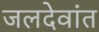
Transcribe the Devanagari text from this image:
जलदेवांत